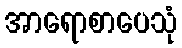
အာရောစာပေသုံ